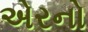
એરનો